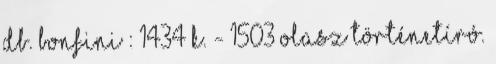
db. Bonfini : 1434 k. - 1503 Olasz történetíró.